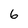
Character: 6